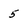
Character: 5